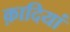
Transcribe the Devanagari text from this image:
क़ादियां